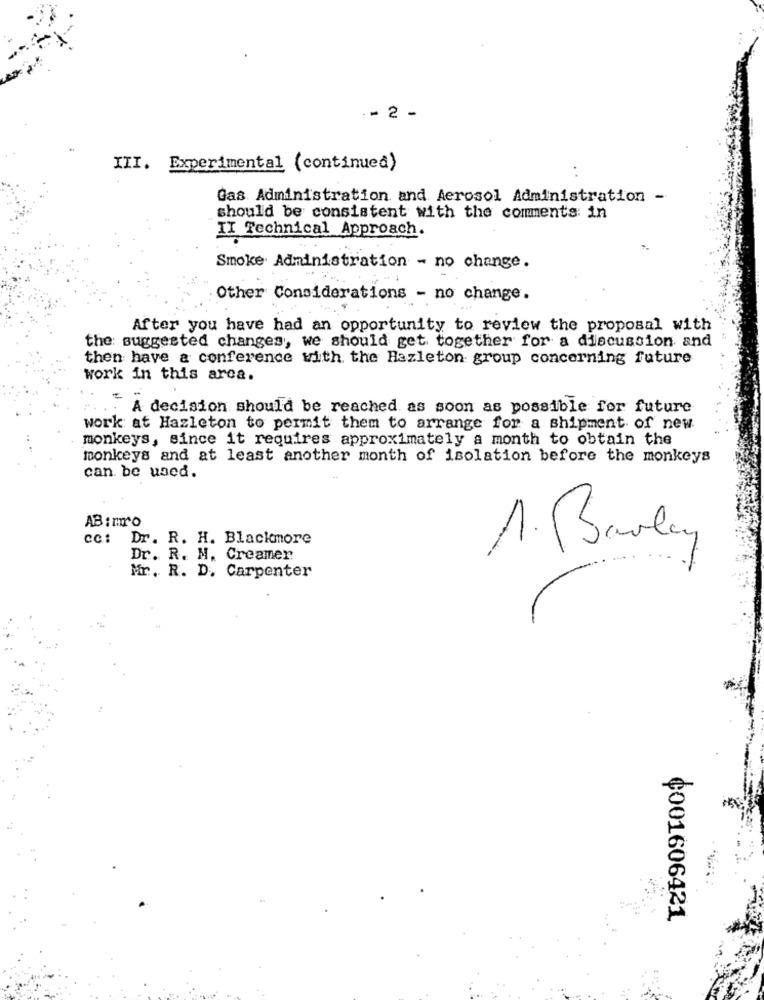
- 2 -
III. Experimental (continued)
Gas Administration and Aerosol Administration -
should be consistent with the comments: in
II Technical Approach.
Smoke Administration - no change.
Other Considerations - no change.
After you have had an opportunity to review the proposal with
the: suggested changes, we should get together for a discussion and
then have a conference with the Hazleton group concerning future
work in this arca.
A decision should be reached as soon as possible for future
work at Hazleton to permit them to arrange for a shipment of new
monkeys, since it requires approximately a month to obtain the
monkeys and at least another month of isolation before the monkeys
can be used.
AB : mo
cc:
Dr. R. H. Blackmore
1. Barley
Dr. R. M. Creamer
Mr. R. D. Carpenter
¢001606421